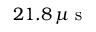
2 1 . 8 \, \mu \mathrm { ~ s ~ }